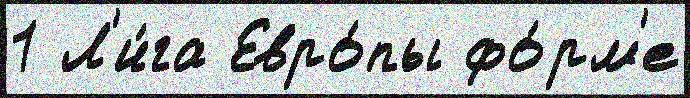
1 Л'и́га Евро́пы фо́рм'е